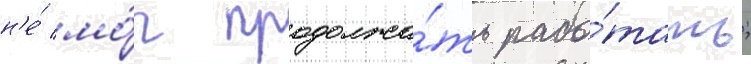
н'е́ мо́г продолжа́ть рабо́тать;